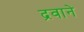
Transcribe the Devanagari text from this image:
द्रवाने